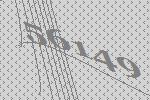
56149